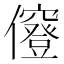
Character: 𠑅